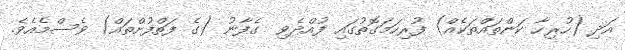
އަދި (ހުރިހާ ކަންތައްތަކެއް) ފުރިހަމަގޮތުގައި ފުއްދެވި  ގެފާނު (ގެ ފަތްފުށްތައް) ވެސްމެއެވެ.